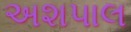
અશપાલ